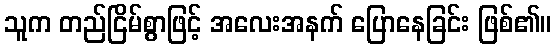
သူက တည်ငြိမ်စွာဖြင့် အလေးအနက် ပြောနေခြင်း ဖြစ်၏။